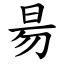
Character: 昜